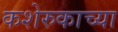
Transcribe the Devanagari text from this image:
कशेरुकाच्या